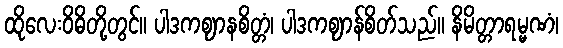
ထိုလေးဝိဓိတို့တွင်။ ပါဒကဈာနစိတ္တံ၊ ပါဒကဈာန်စိတ်သည်။ နိမိတ္တာရမ္မဏံ၊